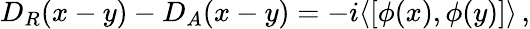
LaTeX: D_{R}(x-y)-D_{A}(x-y)=-i\langle[\phi(x),\phi(y)]\rangle\, ,